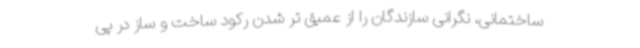
ساختمانی، نگرانی سازندگان را از عمیق تر شدن رکود ساخت و ساز در پی